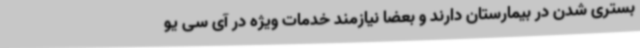
بستری شدن در بیمارستان دارند و بعضا نیازمند خدمات ویژه در آی سی یو